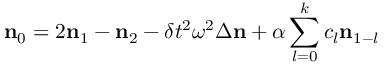
{ \bf n } _ { 0 } = 2 { \bf n } _ { 1 } - { \bf n } _ { 2 } - \delta t ^ { 2 } \omega ^ { 2 } \Delta { \bf n } + \alpha \sum _ { l = 0 } ^ { k } c _ { l } { \bf n } _ { 1 - l }